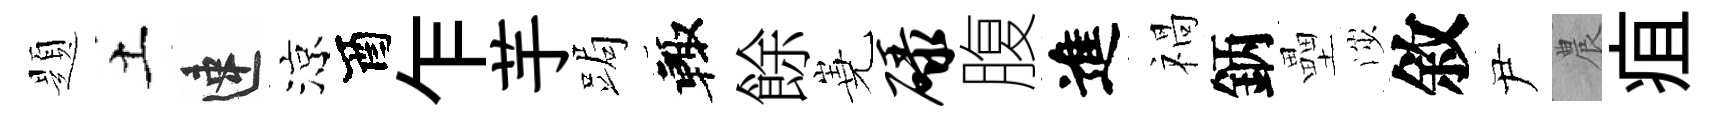
題土速涼酉乍芋跼輙餘嶤碌腹進禍鈵壘渉敘尹農疽